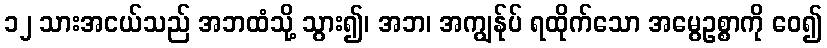
၁၂ သားအငယ်သည် အဘထံသို့ သွား၍၊ အဘ၊ အကျွန်ုပ် ရထိုက်သော အမွေဥစ္စာကို ဝေ၍